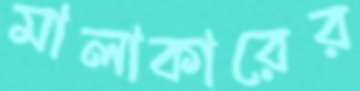
মালাকারের